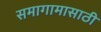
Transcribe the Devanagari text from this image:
समागामासाठी